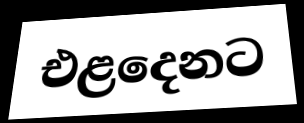
එළදෙනට